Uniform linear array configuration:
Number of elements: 48
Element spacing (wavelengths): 0.5
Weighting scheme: cosine
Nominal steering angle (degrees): -60
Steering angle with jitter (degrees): -61.624
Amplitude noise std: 0.05
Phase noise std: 0.05

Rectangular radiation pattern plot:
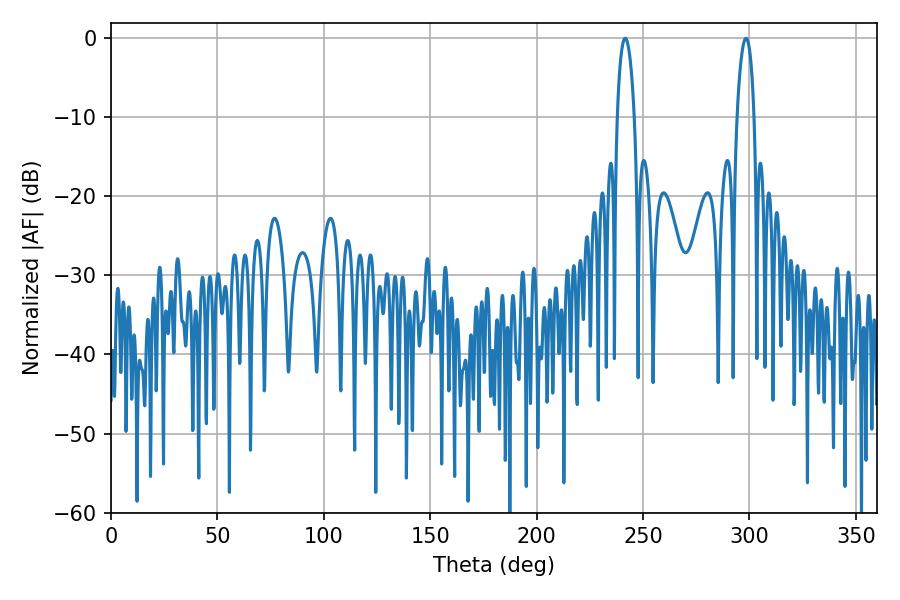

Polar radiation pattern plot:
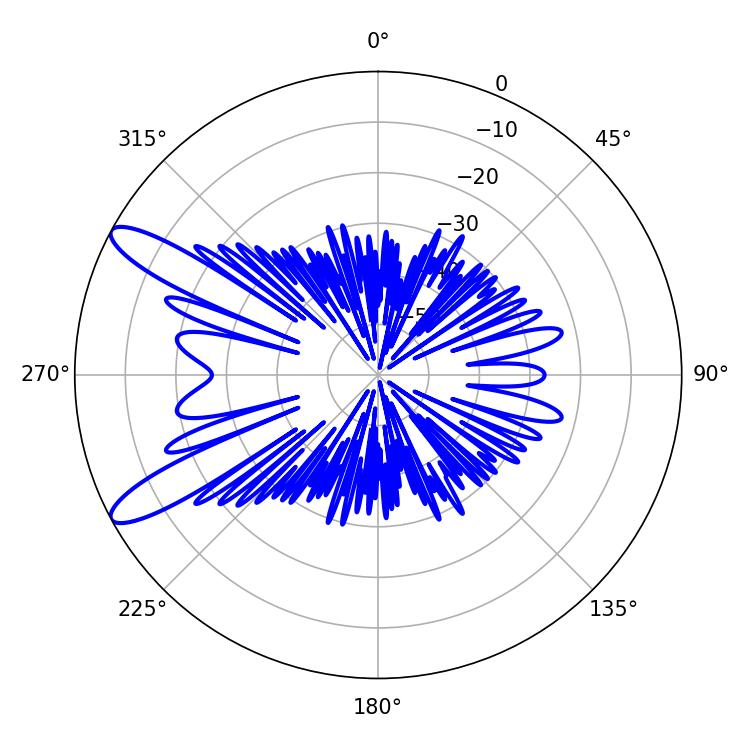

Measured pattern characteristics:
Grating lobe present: FALSE
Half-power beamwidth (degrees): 4.5
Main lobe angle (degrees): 241.56